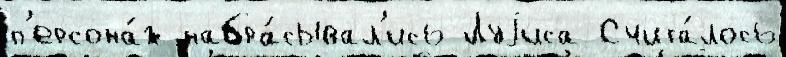
п'ерсона́ж набра́сывал'ись Луjиса Счита́лось